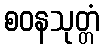
စဝနသုတ္တံ